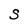
Character: S